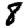
Digit: 8